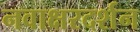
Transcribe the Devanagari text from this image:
नवाक्षरदर्शन